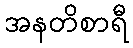
အနတိစာရီ